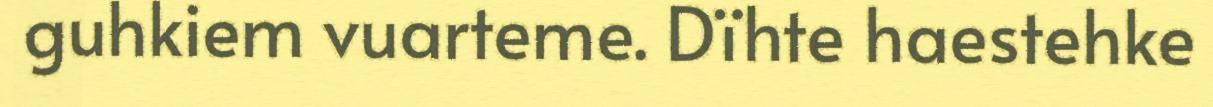
guhkiem vuarteme. Dïhte haestehke